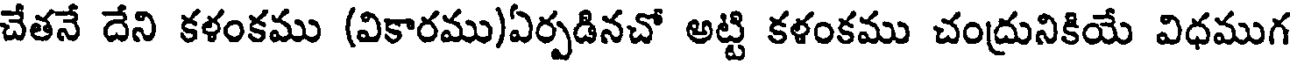
చేతనే దేని కళంకము (వికారము)ఏర్పడినచో అట్టి కళంకము చంద్రునికియే విధముగ